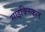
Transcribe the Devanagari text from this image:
साइक्लिकल